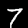
Digit: 7